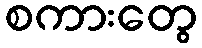
စကားတွေ